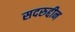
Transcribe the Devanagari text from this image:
सदरुद्दीन